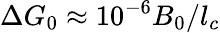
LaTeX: \Delta G_{0}\approx 10^{-6}B_{0}/l_{c}